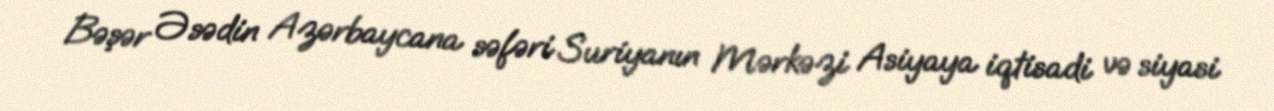
Bəşər Əsədin Azərbaycana səfəri Suriyanın Mərkəzi Asiyaya iqtisadi və siyasi